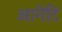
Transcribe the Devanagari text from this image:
आगेटि